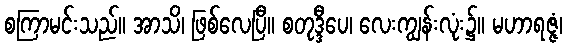
စကြာမင်းသည်။ အာသိ၊ ဖြစ်လေပြီ။ စတုဒ္ဒီပေ၊ လေးကျွန်းလုံး၌။ မဟာရဇ္ဇံ၊